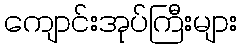
ကျောင်းအုပ်ကြီးများ